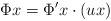
LaTeX: \begin{align*} \Phi x = \Phi' x \cdot (u x) \end{align*}